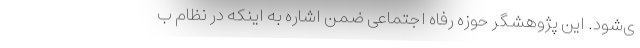
ی‌شود. این پژوهشگر حوزه رفاه اجتماعی ضمن اشاره به اینکه در نظام ب